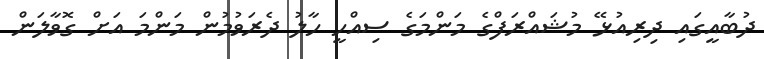
ދުބާއީގައި ދިރިއުޅޭ މުޝައްރަފްގެ މަންމަގެ ސިއްހީ ހާލު ދެރަވުމުން މަންމަ އަށް ގޮވާލަން